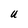
Character: U